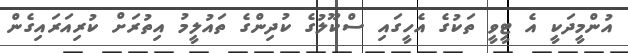
އުންމީދަކީ އެ ޓީވީ ތަކުގެ އެހީގައި ސްކޫލުގެ ކުދިންގެ ތައުލީމު އިތުރަށް ކުރިއަރައިގެން